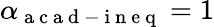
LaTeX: \alpha_{\mathrm{~a~c~a~d~-~i~n~e~q~}}=1